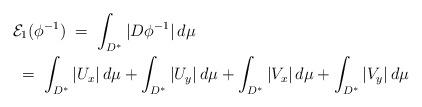
LaTeX: \begin{align*}&\mathcal{E}_{1}(\phi^{-1})\;=\; \int_{D^*} |D\phi^{-1}|\,d\mu \\&\;=\; \int_{D^*} |U_x|\,d\mu + \int_{D^*}|U_y|\,d\mu + \int_{D^*}|V_x|\,d\mu +\int_{D^*}|V_y|\,d\mu\end{align*}